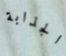
الجذابة